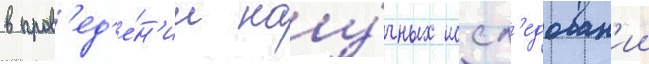
в пров'ед'е́н'ии нау́чных иссл'едован'ии